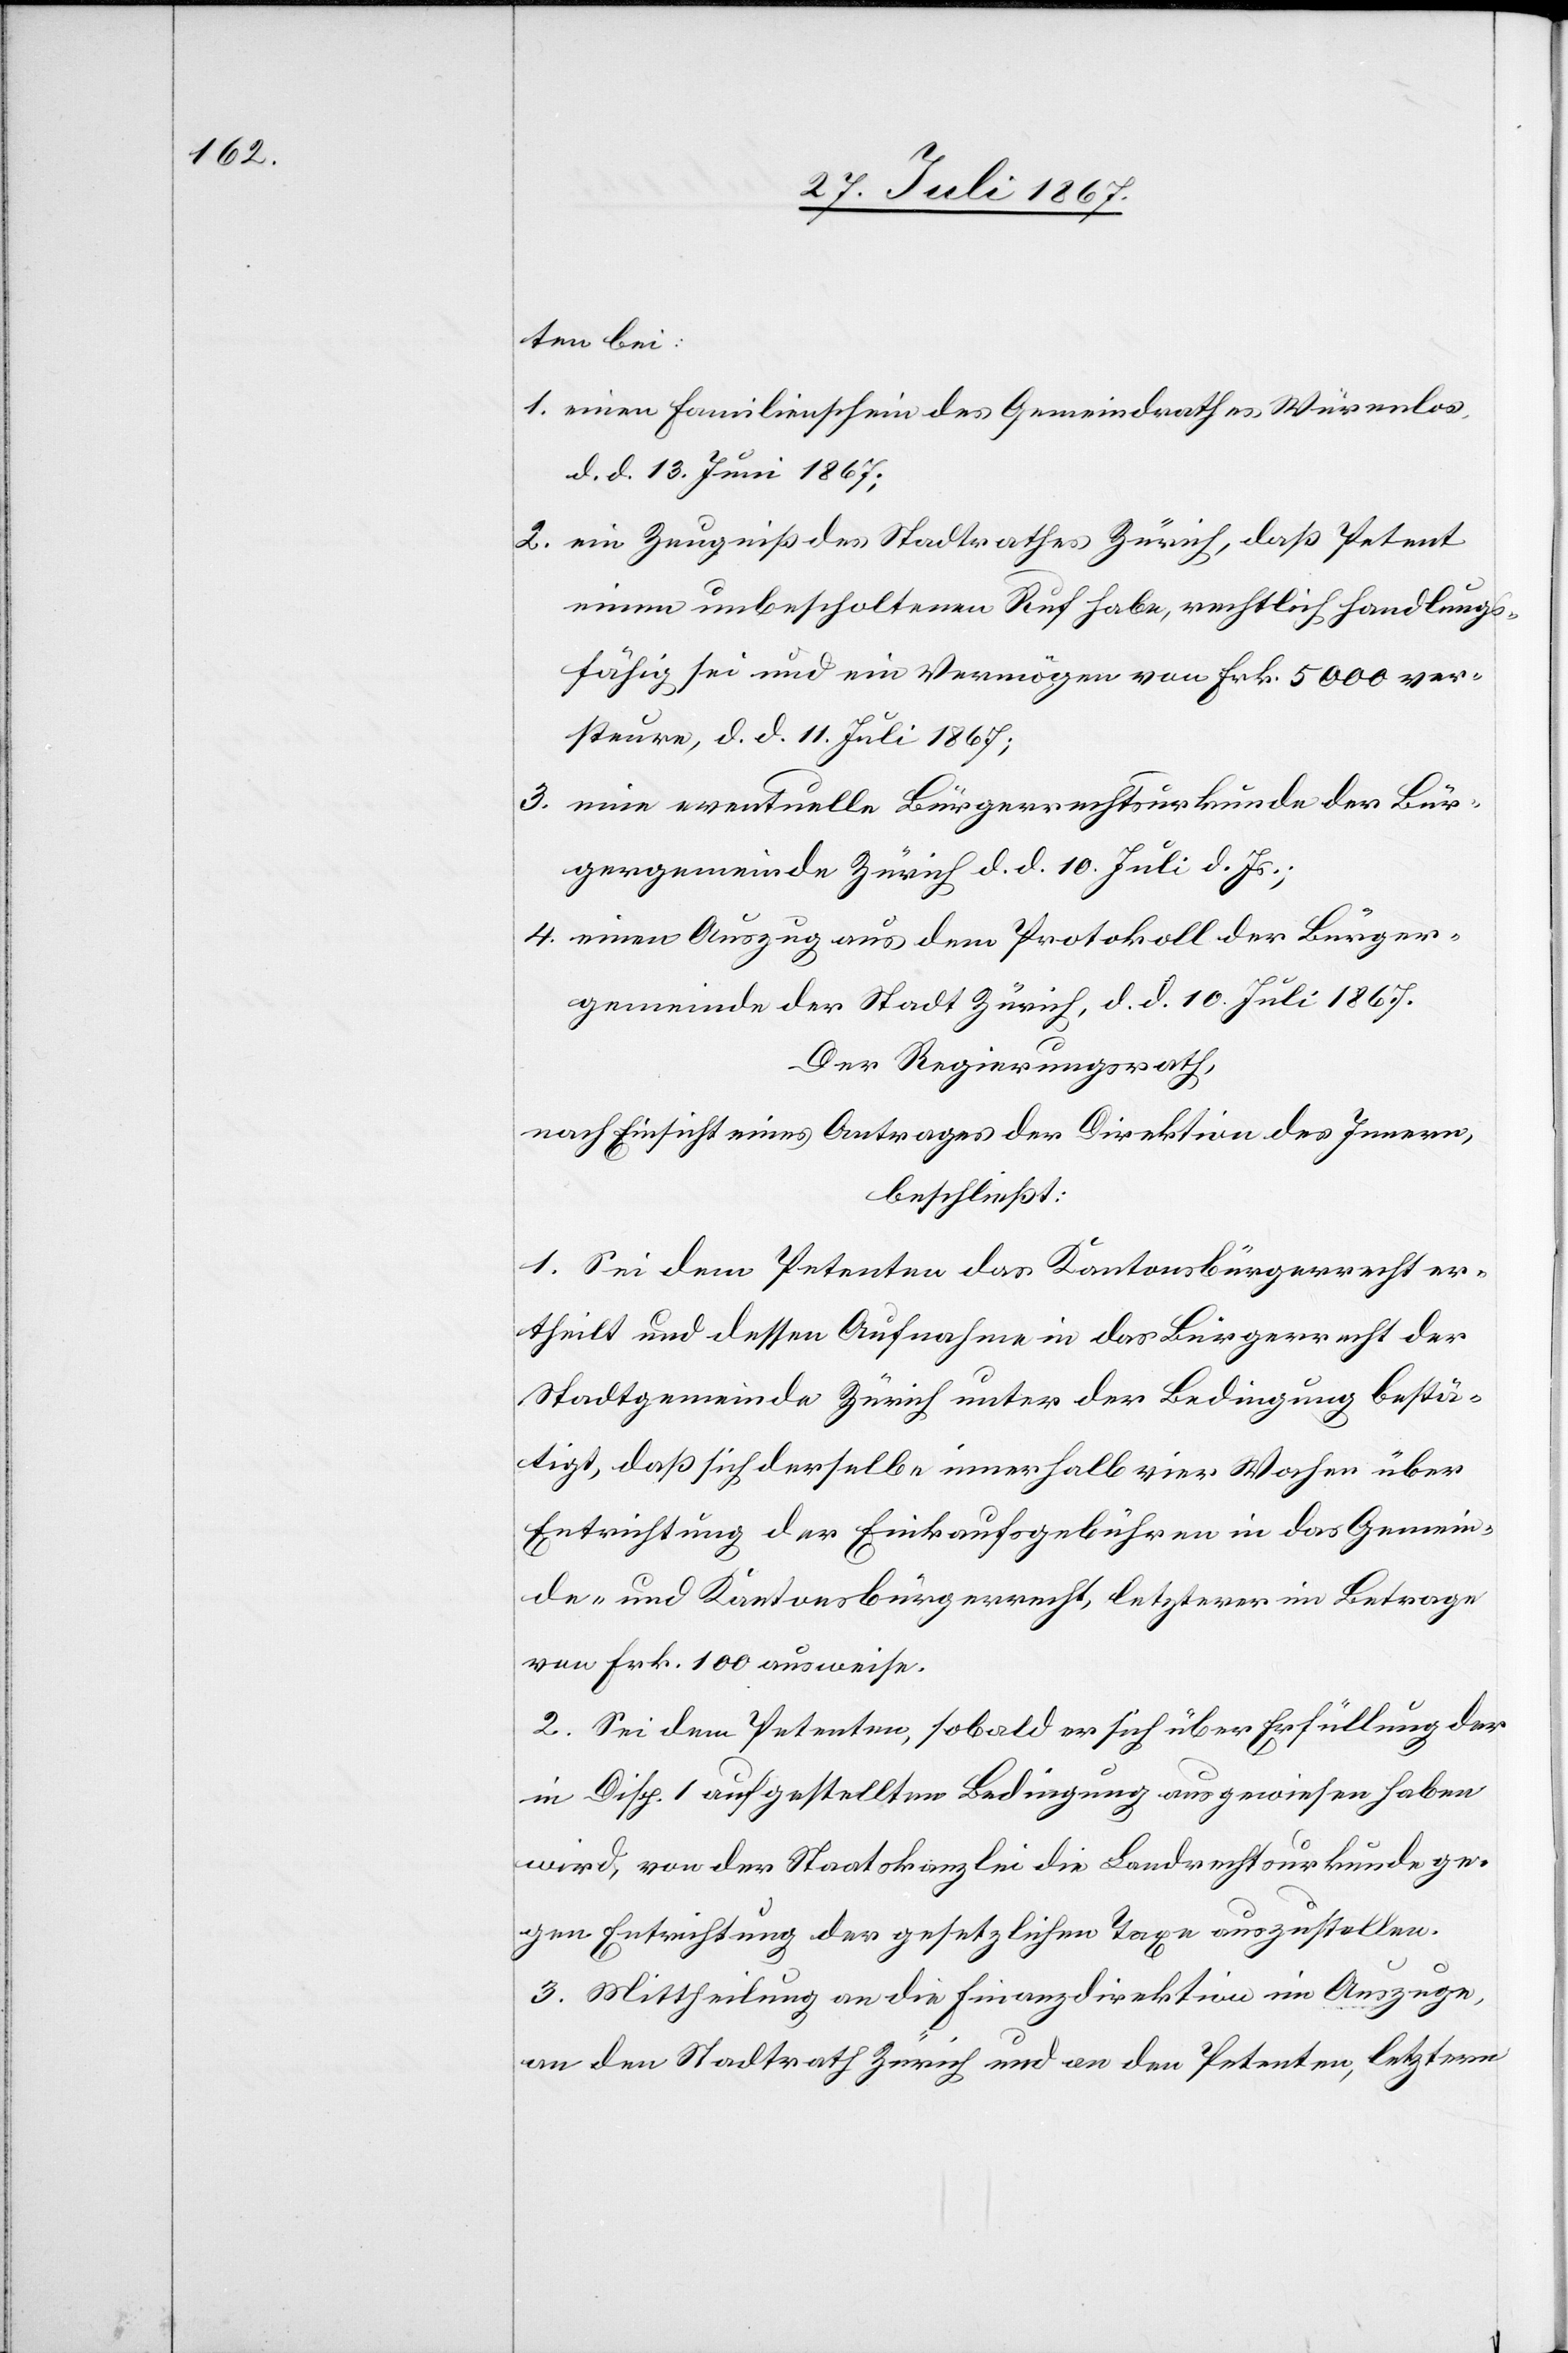
ten bei:
1. einen Familienschein des Gemeindrathes Würenlos
d. d. 13. Juni 1867,
2. ein Zeugniß des Stadtrathes Zürich, daß Petent
einen unbescholtenen Ruf habe, rechtlich Handlungs¬
fähig sei und ein Vermögen von Frk. 5000 ver¬
steure, d. d. 11. Juli 1867;
3. eine eventuelle Bürgerrechtsurkunde der Bür¬
gergemeinde Zürich, d. d. 10. Juli d. Js.;
4. einen Auszug aus dem Protokoll der Bürger¬
gemeinde der Stadt Zürich, d. d. 10. Juli 1867.
Der Regierungsrath,
nach Einsicht eines Antrages der Direktion des Innern,
beschließt:
1. Sei dem Petenten das Kantonsbürgerrecht er¬
theilt und dessen Aufnahme in das Bürgerrecht der
Stadtgemeinde Zürich unter der Bedingung bestä¬
tigt, daß sich derselbe innerhalb vier Wochen über
Entrichtung der Einkaufsgebühren in das Gemein¬
de- und Kantonsbürgerrecht, letzterer im Betrage
von Frk. 100 ausweise.
2. Sei dem Petenten, sobald er sich über Erfüllung der
in Disp. 1 aufgestellten Bedingung ausgewiesen haben
wird, von der Staatskanzlei die Landrechtsurkunde ge¬
gen Entrichtung der gesetzlichen Taxe auszustellen.
3. Mittheilung an die Finanzdirektion im Auszuge,
an den Stadtrath Zürich und an den Petenten, letztern